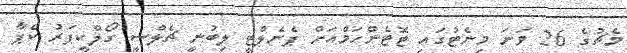
މެޗުގެ 26 ވަނަ މިނެޓުގައި ޓޮޓެންހަމްއަށް ޕެނެލްޓީ ލިބުނީ ޗެލްސީ ގޯލްކީޕަރު ކެޕާ